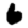
Digit: 6